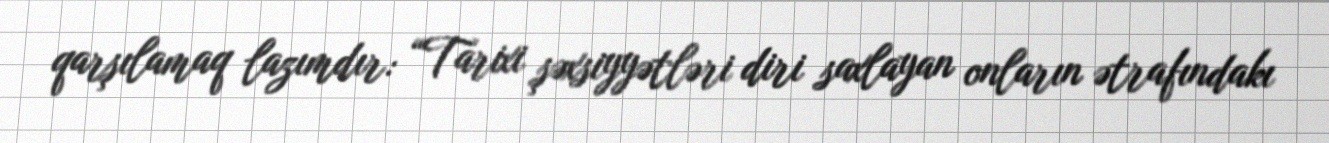
qarşılamaq lazımdır: “Tarixi şəxsiyyətləri diri saxlayan onların ətrafındakı